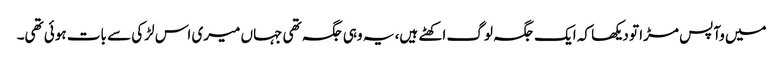
میں وآپس مڑا تو دیکھا کہ ایک جگہ لوگ اکھٹے ہیں، یہ وہی جگہ تھی جہاں میری اس لڑکی سے بات ہوئی تھی۔